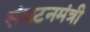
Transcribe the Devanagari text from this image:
संघटनमंत्री